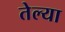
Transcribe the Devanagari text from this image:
तेल्या